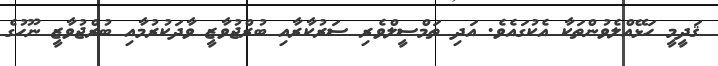
ޤަދީމީ ހަޅޭއްލެވުންތަކާ އެކުގައެވެ. އަދި ތަމްސީލްވެރި ސަރުކާރާއި ބުރްޖުވާޒީ ވާދަކުރުމާއި ބުރްޖުވާޒީ ނޫހުގެ